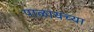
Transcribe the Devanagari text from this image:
पाळायच्या